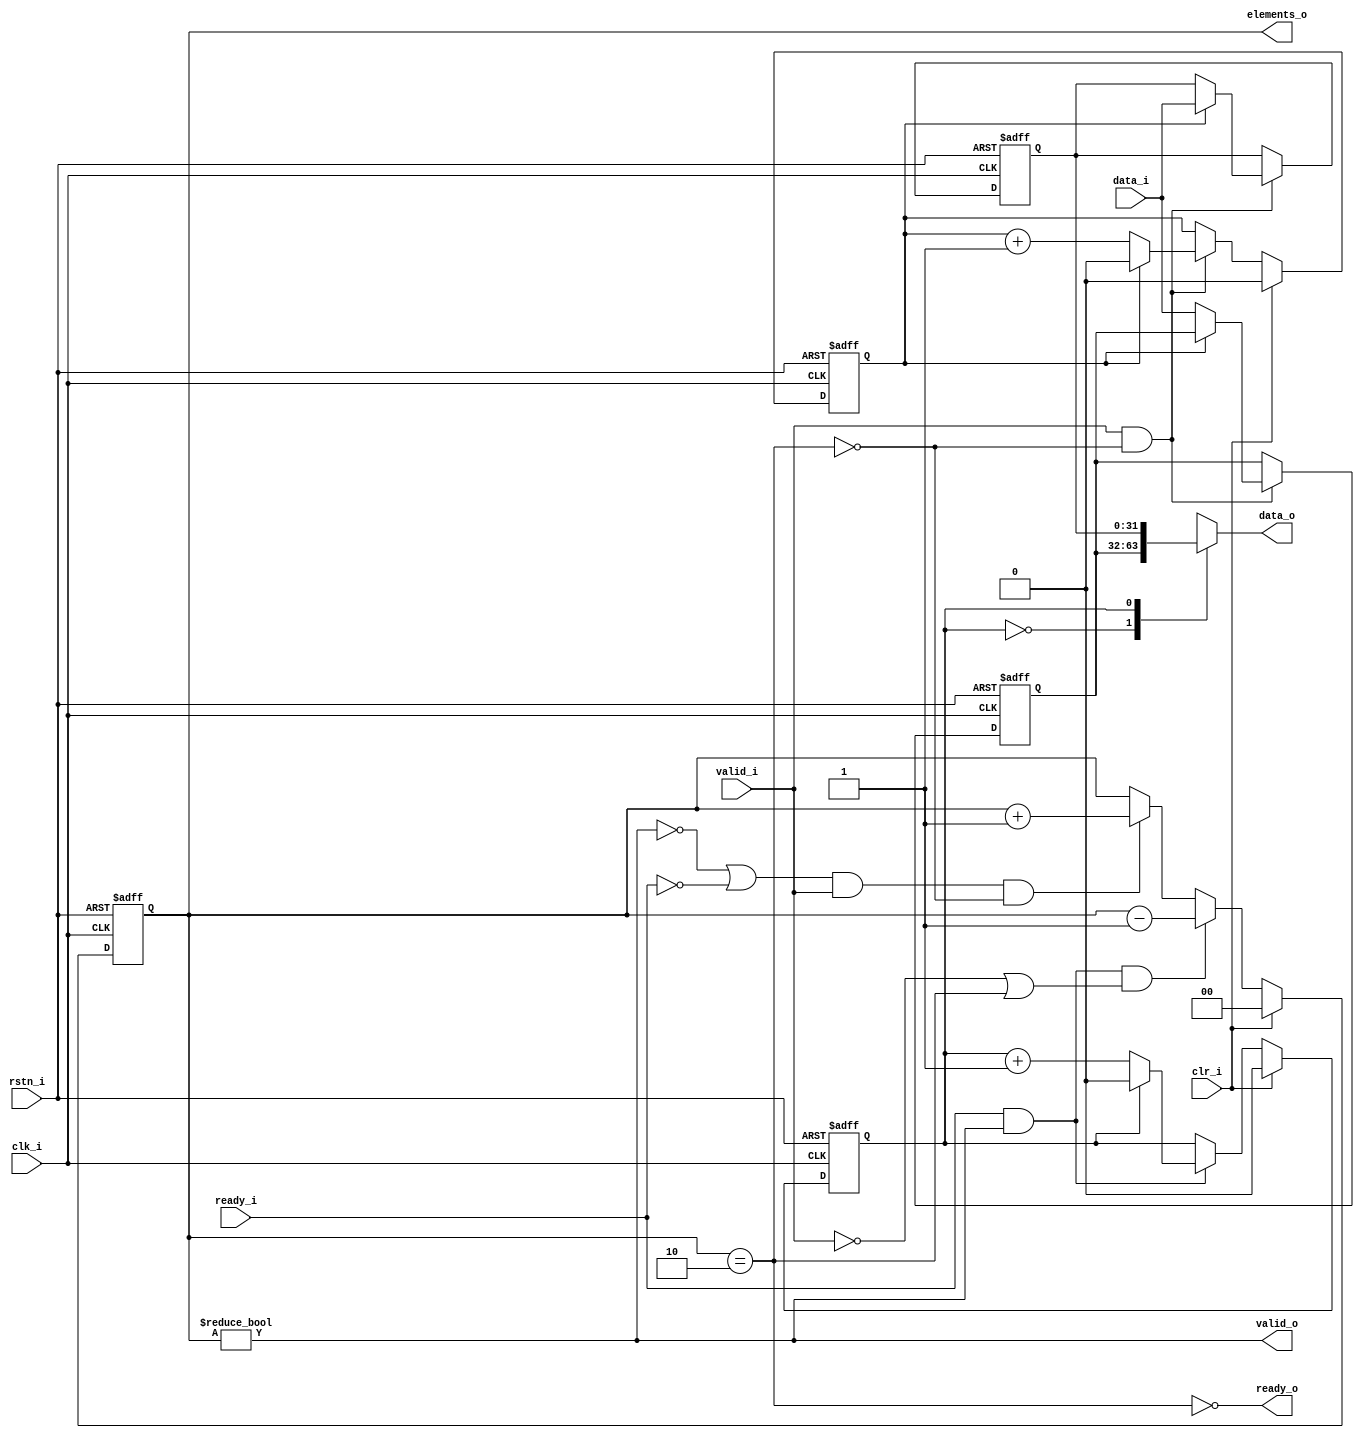
module io_generic_fifo 
#(
    parameter DATA_WIDTH = 32,
    parameter BUFFER_DEPTH = 2,
    parameter LOG_BUFFER_DEPTH = $clog2(BUFFER_DEPTH)
)
(
	clk_i,
	rstn_i,
	clr_i,
	elements_o,
	data_o,
	valid_o,
	ready_i,
	valid_i,
	data_i,
	ready_o
);
	//parameter DATA_WIDTH = 32;
	//parameter BUFFER_DEPTH = 2;
	//parameter LOG_BUFFER_DEPTH = $clog2(BUFFER_DEPTH);
	input wire clk_i;
	input wire rstn_i;
	input wire clr_i;
	output wire [LOG_BUFFER_DEPTH:0] elements_o;
	output wire [DATA_WIDTH - 1:0] data_o;
	output wire valid_o;
	input wire ready_i;
	input wire valid_i;
	input wire [DATA_WIDTH - 1:0] data_i;
	output wire ready_o;
	reg [LOG_BUFFER_DEPTH - 1:0] pointer_in;
	reg [LOG_BUFFER_DEPTH - 1:0] pointer_out;
	reg [LOG_BUFFER_DEPTH:0] elements;
	reg [DATA_WIDTH - 1:0] buffer [BUFFER_DEPTH - 1:0];
	wire full;
	reg [31:0] loop1;
	assign full = elements == BUFFER_DEPTH;
	assign elements_o = elements;
	always @(posedge clk_i or negedge rstn_i) begin : elements_sequential
		if (rstn_i == 1'b0)
			elements <= 0;
		else if (clr_i)
			elements <= 0;
		else if ((ready_i && valid_o) && (!valid_i || full))
			elements <= elements - 1;
		else if (((!valid_o || !ready_i) && valid_i) && !full)
			elements <= elements + 1;
	end
	always @(posedge clk_i or negedge rstn_i) begin : buffers_sequential
		if (rstn_i == 1'b0) begin
			for (loop1 = 0; loop1 < BUFFER_DEPTH; loop1 = loop1 + 1)
				buffer[loop1] <= 0;
		end
		else if (valid_i && !full)
			buffer[pointer_in] <= data_i;
	end
	always @(posedge clk_i or negedge rstn_i) begin : sequential
		if (rstn_i == 1'b0) begin
			pointer_out <= 0;
			pointer_in <= 0;
		end
		else if (clr_i) begin
			pointer_out <= 0;
			pointer_in <= 0;
		end
		else begin
			if (valid_i && !full)
				if (pointer_in == $unsigned(BUFFER_DEPTH - 1))
					pointer_in <= 0;
				else
					pointer_in <= pointer_in + 1;
			if (ready_i && valid_o)
				if (pointer_out == $unsigned(BUFFER_DEPTH - 1))
					pointer_out <= 0;
				else
					pointer_out <= pointer_out + 1;
		end
	end
	assign data_o = buffer[pointer_out];
	assign valid_o = elements != 0;
	assign ready_o = ~full;
endmodule